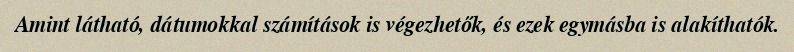
Amint látható, dátumokkal számítások is végezhetők, és ezek egymásba is alakíthatók.